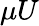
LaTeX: \mu U